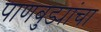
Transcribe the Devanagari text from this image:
पाणबुड्यांचा